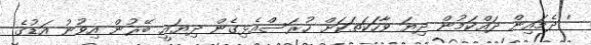
' ދެމައިން ދައްކަމުން ދިޔަ ވާހަކަތަކަށް ހުރަސްއެޅިގެން ދިޔައީ ބޭރުން އިވުނު އަޑުގެ